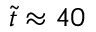
\tilde { t } \approx 4 0